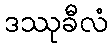
ဒဿုခီလံ